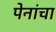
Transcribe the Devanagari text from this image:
पेनांचा